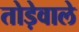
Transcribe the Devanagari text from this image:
तोड़ेवाले